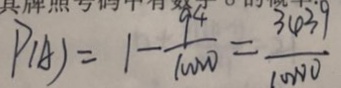
P ( A ) = 1 - \frac { 9 4 } { 1 0 0 0 0 } = \frac { 3 4 3 9 } { 1 0 0 0 0 }